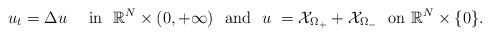
LaTeX: \begin{align*} u_t =\Delta u\quad\mbox{ in }\ \mathbb R^N\times (0,+\infty) \ \mbox{ and }\ u\ ={\mathcal X}_{\Omega_+}+{\mathcal X}_{\Omega_-}\ \mbox{ on } \mathbb R^N\times\{0\}.\end{align*}